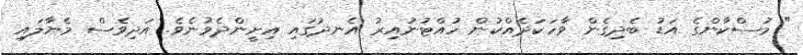
" މުސްކާންގެ އަޑު ބެދިގެން ވާހަކަދެއްކުން ހުއްޓުނުއިރު އެނދުގައި އިށީންދެވުނެވެ. އަދިވެސް މެޔާލައި